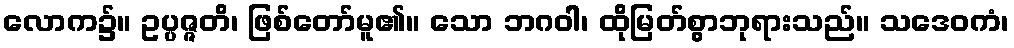
လောက၌။ ဥပ္ပဇ္ဇတိ၊ ဖြစ်တော်မူ၏။ သော ဘဂဝါ၊ ထိုမြတ်စွာဘုရားသည်။ သဒေဝကံ၊